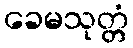
ခေမသုတ္တံ